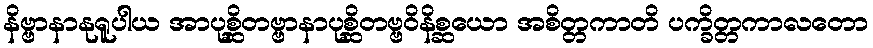
နိဗ္ဗာနာနုရူပါယ အာပုစ္ဆိတဗ္ဗာနာပုစ္ဆိတဗ္ဗဝိနိစ္ဆယော အစိတ္တကာတိ ပက္ခိတ္တကာလတော